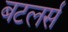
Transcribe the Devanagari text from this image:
बटलर्स